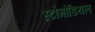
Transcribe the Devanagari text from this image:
स्टोमोडियल